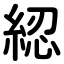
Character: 綛